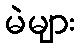
မဲများ